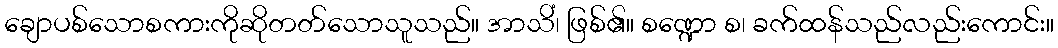
ချောပစ်သောစကားကိုဆိုတတ်သောသူသည်။ အာသိံ၊ ဖြစ်၏။ စဏ္ဍော စ၊ ခက်ထန်သည်လည်းကောင်း။